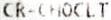
CR-CHOCLT